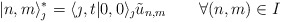
\begin{align*} |n,m\rangle_{\jmath}^*=\langle \jmath,t|0,0\rangle_{\jmath}\tilde{u}_{n,m} \qquad \forall (n,m) \in I\end{align*}